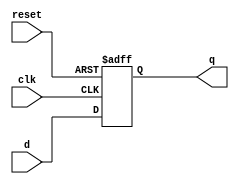
`timescale 1ns/1ns

`celldefine
module register_1 (clk ,reset ,d ,q);
	
	input clk,reset;
	input  [3 : 0] d;
	output reg [3 : 0] q;
  
	always @ (posedge(clk),posedge(reset))
	begin
	if (reset)
		q <= 0;
	else
		q <= d;
	end
endmodule
`endcelldefine

`celldefine
module register_2 (clk ,reset ,d ,q);
	
	input clk,reset;
	input  [1 : 0] d;
	output reg [1 : 0] q;
  
	always @ (posedge(clk),posedge(reset))
	begin
	if (reset)
		q <= 0;
	else
		q <= d;
	end
endmodule
`endcelldefine